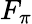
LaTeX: F_{\pi}